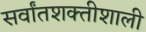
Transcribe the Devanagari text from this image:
सर्वांतशक्तीशाली